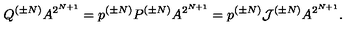
Q ^ { ( \pm N ) } A ^ { 2 ^ { N + 1 } } = p ^ { ( \pm N ) } P ^ { ( \pm N ) } A ^ { 2 ^ { N + 1 } } = p ^ { ( \pm N ) } { \cal J } ^ { ( \pm N ) } A ^ { 2 ^ { N + 1 } } .